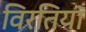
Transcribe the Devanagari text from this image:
विरतियाँ